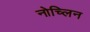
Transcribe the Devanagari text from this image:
नोच्लिन